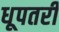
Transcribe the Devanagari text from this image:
धूपतरी